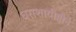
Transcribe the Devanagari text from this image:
धराशायीहोने